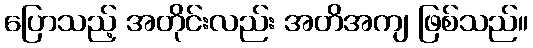
ပြောသည့် အတိုင်းလည်း အတိအကျ ဖြစ်သည်။